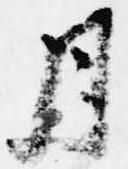
月